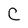
Character: C